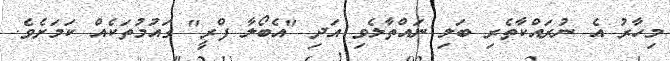
މިހާރު އެ ނުރައްކާތެރި ބަލި ނައްތާލެވި އަދި "އެބޯލާ ފްރީ" ގައުމުތަކެއް ކަމަށެވެ.